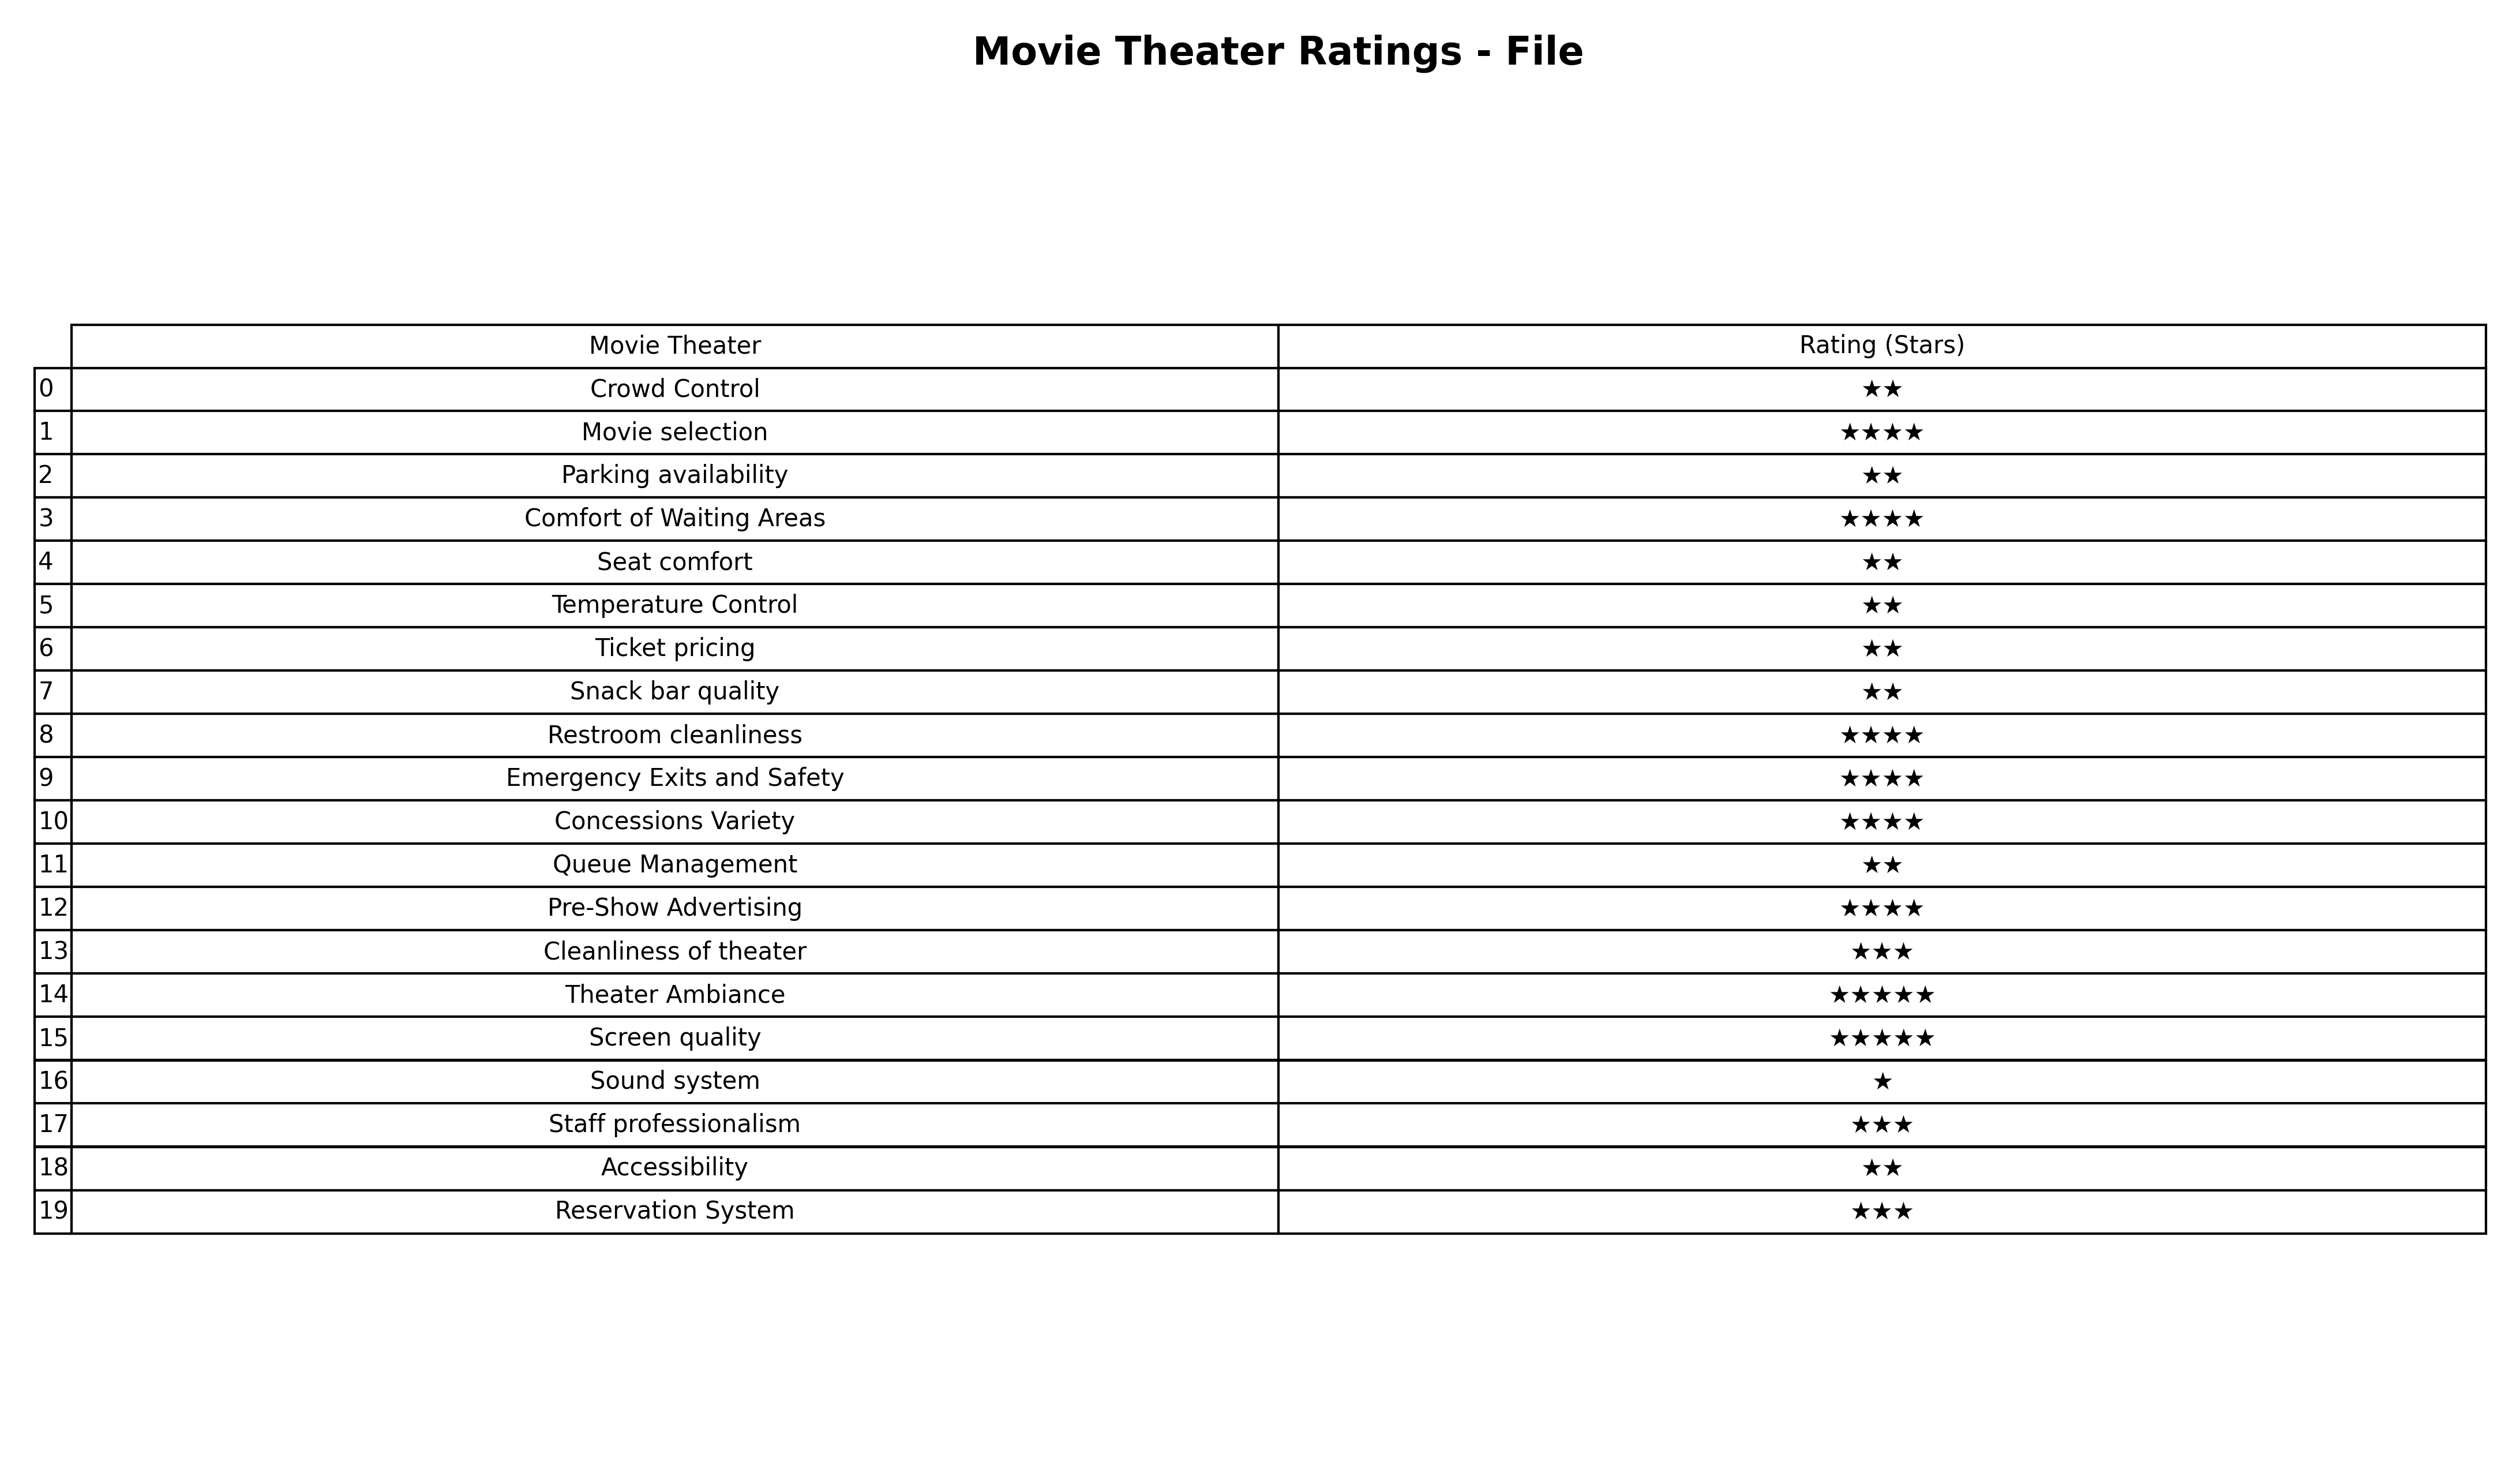
question: What are highest rating services?
answer: Crowd ControlParking availabilitySeat comfortTemperature ControlTicket pricingSnack bar qualityQueue ManagementAccessibility